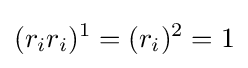
(r_{i}r_{i})^{1}=(r_{i})^{2}=1